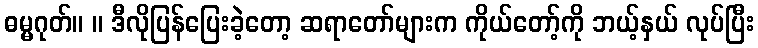
ဓမ္မဂုတ်။ ။ ဒီလိုပြန်ပြေးခဲ့တော့ ဆရာတော်များက ကိုယ်တော့်ကို ဘယ့်နှယ် လုပ်ပြီး